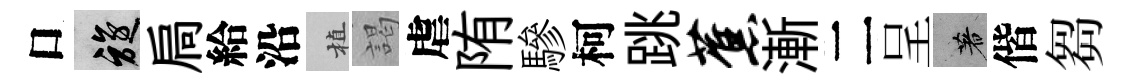
口旋扃給沿植謁虐陏驂柯跳蕉漸二呈著偕芻